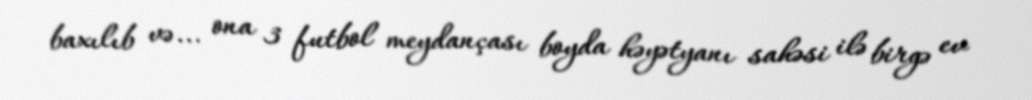
baxılıb və... ona 3 futbol meydançası boyda həyətyanı sahəsi ilə birgə ev